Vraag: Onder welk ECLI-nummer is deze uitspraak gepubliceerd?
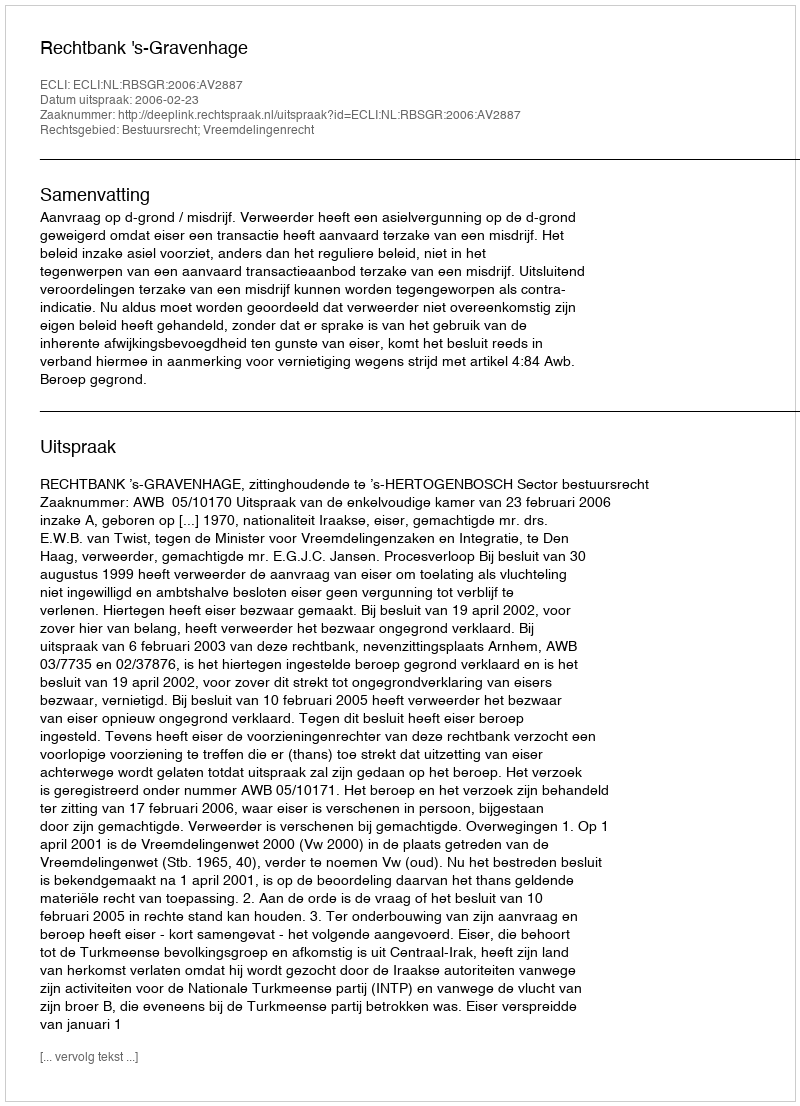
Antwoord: ECLI:NL:RBSGR:2006:AV2887